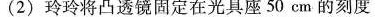
(2)玲玲将凸透镜固定在光具座50cm的刻度